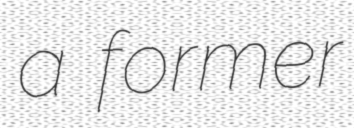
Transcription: a former